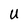
Character: U